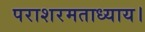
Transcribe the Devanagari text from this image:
पराशरमताध्याय।